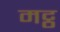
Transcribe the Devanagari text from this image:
मट्ठ